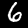
Digit: 6